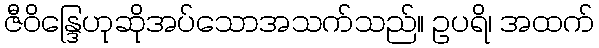
ဇီဝိန္ဒြေဟုဆိုအပ်သောအသက်သည်။ ဥပရိ၊ အထက်